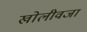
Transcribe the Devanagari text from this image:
खोलीवजा